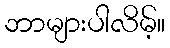
ဘာများပါလိမ့်။